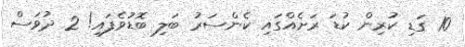
10 ގަޑި ކުރިން ކުޑަ ރަށެއްގައި ކެންސަރު ބަލި ބޮޑުވެފައި! 2 ދުވަސް